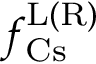
f _ { \mathrm { C s } } ^ { \mathrm { L ( R ) } }